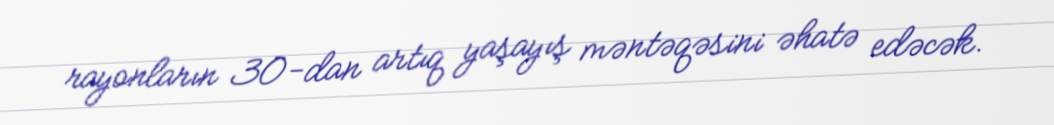
rayonların 30-dan artıq yaşayış məntəqəsini əhatə edəcək.